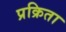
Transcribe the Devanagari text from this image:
प्रक्रिता